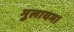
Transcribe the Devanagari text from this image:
मुलायम।